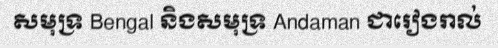
សមុទ្រ Bengal និងសមុទ្រ Andaman ជារៀងរាល់